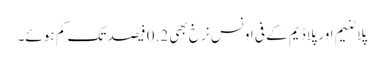
پلاٹنیم اور پلاڈیم کے فی اونس نرخ بھی 0.2 فیصد تک کم ہوئے۔